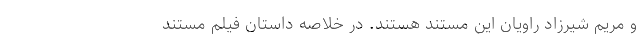
و مریم شیرزاد راویان این مستند هستند. در خلاصه داستان فیلم مستند